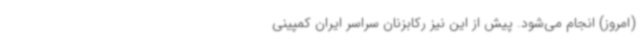
(امروز) انجام می‌شود. پیش از این نیز رکابزنان سراسر ایران کمپینی